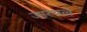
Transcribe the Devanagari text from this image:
जारथल